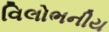
વિલોભનીય